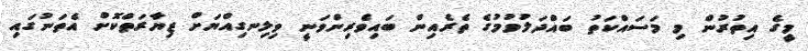
މީގެ އިތުރުން މި މަސައްކަތު ބައްދަލުވުމުގެ ތެރެއިން ބައިވެރިންވަނީ ވިލިނގިއްޔަށް ޒިޔާރަތްކޮށް އެތަނުގައި